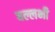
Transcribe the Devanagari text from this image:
बल्लभी